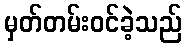
မှတ်တမ်းဝင်ခဲ့သည်